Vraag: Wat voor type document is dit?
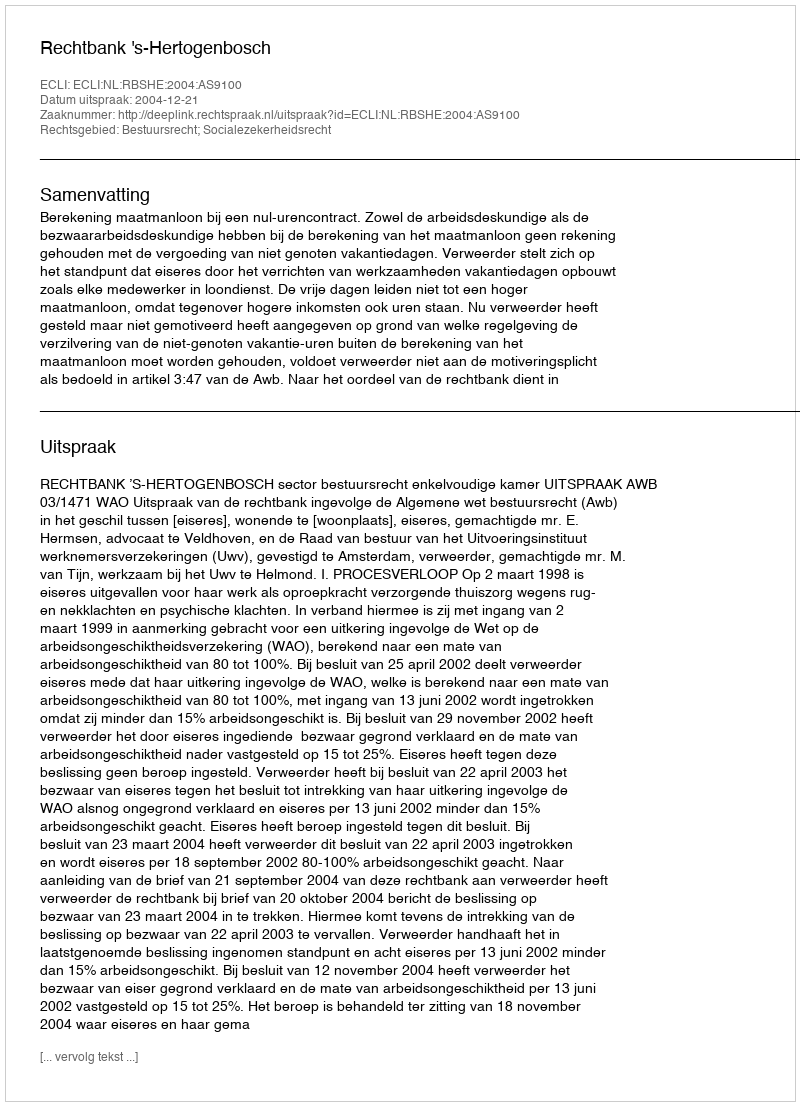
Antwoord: Uitspraak